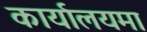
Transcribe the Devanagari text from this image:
कार्यालयमा